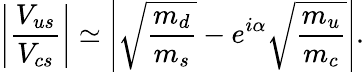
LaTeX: \left|\frac{V_{us}}{V_{cs}}\right|\simeq\left|\sqrt{\frac{m_{d}}{m_{s}}}-e^{i\alpha}\sqrt{\frac{m_{u}}{m_{c}}}\right|.